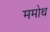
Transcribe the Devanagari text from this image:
ममोथ